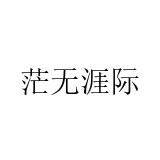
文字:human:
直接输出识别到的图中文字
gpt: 茫无涯际